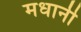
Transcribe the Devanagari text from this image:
मधानी